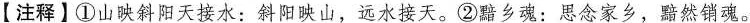
【注释】①山映斜阳天接水：斜阳映山，远水接天。②黯乡魂：思念家乡，黯然销魂。